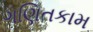
ગણિતકામ